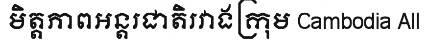
មិត្តភាពអន្តរជាតិរវាងក្រុម Cambodia All